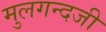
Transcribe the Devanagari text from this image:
मुलगन्दजी